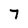
Character: 7